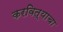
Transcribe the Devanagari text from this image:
करवित्याचा